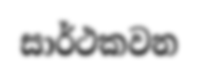
සාර්ථකවන